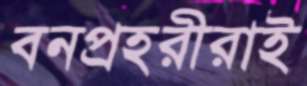
বনপ্রহরীরাই